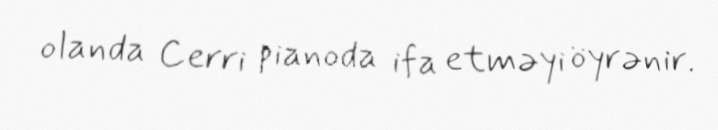
olanda Cerri pianoda ifa etməyi öyrənir.